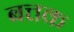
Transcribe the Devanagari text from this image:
बत्तक